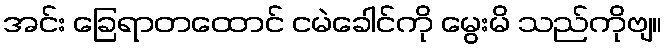
အင်း ခြေရာတထောင် ငမဲခေါင်ကို မွေးမိ သည်ကိုဗျ။